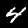
Digit: 4